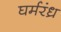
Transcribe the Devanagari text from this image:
घर्मरंध्र